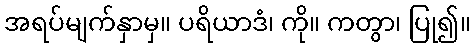
အရပ်မျက်နှာမှ။ ပရိယာဒံ၊ ကို။ ကတွာ၊ ပြု၍။